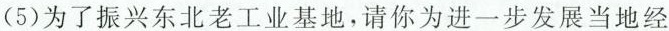
(5)为了振兴东北老工业基地，请你为进一步发展当地经